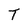
Character: T